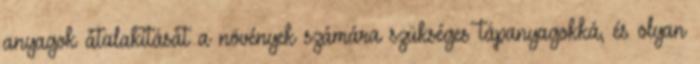
anyagok átalakítását a növények számára szükséges tápanyagokká, és olyan